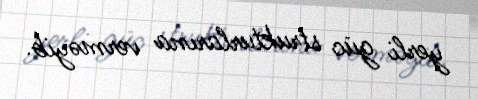
yerli güc strukturlarına verməyib.